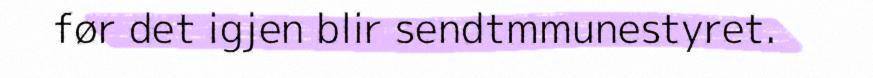
før det igjen blir sendtmmunestyret.